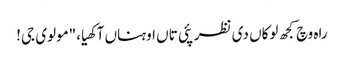
راہ وچ کجھ لوکاں دی نظر پئی تاں اوہناں آکھیا،"مولوی جی!